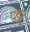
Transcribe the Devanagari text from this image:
पट्टूम